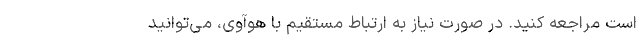
است مراجعه کنید. در صورت نیاز به ارتباط مستقیم با هوآوی، می‌توانید